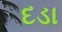
દડા